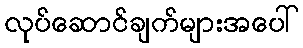
လုပ်ဆောင်ချက်များအပေါ်